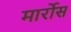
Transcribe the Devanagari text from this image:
मार्रोस